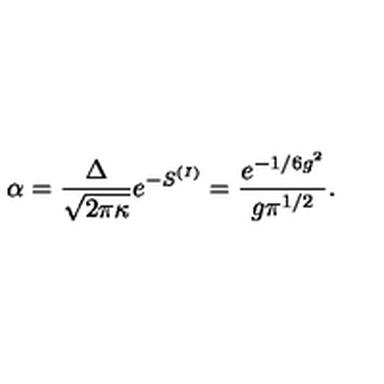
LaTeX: \alpha = \frac { \Delta } { \sqrt { 2 \pi \kappa } } e ^ { - S ^ { ( I ) } } = \frac { e ^ { - 1 / 6 g ^ { 2 } } } { g \pi ^ { 1 / 2 } } .